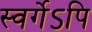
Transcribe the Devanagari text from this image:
स्वर्गेऽपि